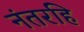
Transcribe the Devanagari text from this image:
नंतरहि